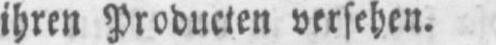
ihren Producten versehen.